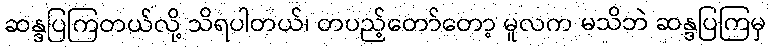
ဆန္ဒပြကြတယ်လို့ သိရပါတယ်၊ တပည့်တော်တော့ မူလက မသိဘဲ ဆန္ဒပြကြမှ